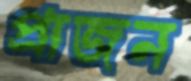
প্রাজন